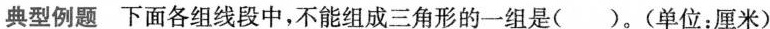
典型例题下面各组线段中，不能组成三角形的一组是()。(单位：厘米)